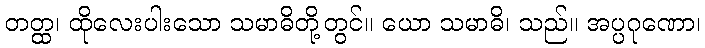
တတ္ထ၊ ထိုလေးပါးသော သမာဓိတို့တွင်။ ယော သမာဓိ၊ သည်။ အပ္ပဂုဏော၊